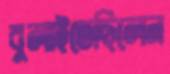
বুলাইতেছিলেন